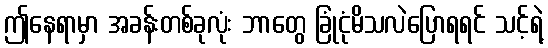
ဤနေရာမှာ အခန်းတစ်ခုလုံး ဘာတွေ ခြုံငုံမိသလဲပြောရရင် သင့်ရဲ့